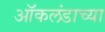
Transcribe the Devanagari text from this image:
ऑकलंडाच्या